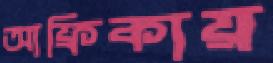
আফ্রিকায়